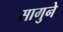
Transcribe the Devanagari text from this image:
सागुने